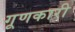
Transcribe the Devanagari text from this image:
गूणकारी